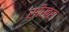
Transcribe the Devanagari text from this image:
सीखर